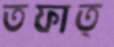
তফাত্